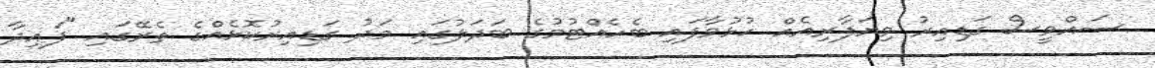
ސައްވީސް ގަޑިއިރު ވިޔަފާރިއެއް ހުޅުވާފައި ބެހެއްޓުމުގެ ބަދަލުގައި މަދު ގަޑިއިރުކޮޅެއްގެ ތެރޭގައި "ފައިދާ